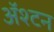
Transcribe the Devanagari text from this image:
ॲश्टन